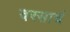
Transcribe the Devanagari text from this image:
वरसाचं